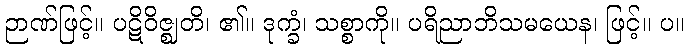
ဉာဏ်ဖြင့်။ ပဋိဝိဇ္ဈတိ၊ ၏။ ဒုက္ခံ၊ သစ္စာကို။ ပရိညာဘိသမယေန၊ ဖြင့်။ ပ။